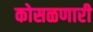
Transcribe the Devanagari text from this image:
कोसळणारी